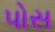
પોસ